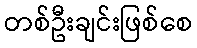
တစ်ဦးချင်းဖြစ်စေ